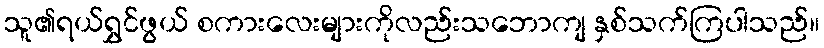
သူ၏ရယ်ရွှင်ဖွယ် စကားလေးများကိုလည်းသဘောကျ နှစ်သက်ကြပါသည်။